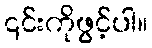
၎င်းကိုဖွင့်ပါ။